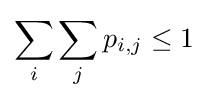
\sum _{i}\sum _{j}p_{i,j}\leq 1